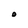
Character: O